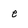
Character: e